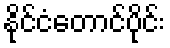
နိုင်ငံတောင်ပိုင်း